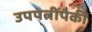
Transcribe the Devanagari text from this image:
उपपत्नींपैकी